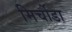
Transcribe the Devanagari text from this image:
मिर्चोडा